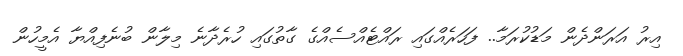
އިރު އަރަންދެން މަޑުކުރަމާ.. ފަހަރެއްގައި ރައްޓެއްސެއްގެ ގާތުގައި ހުރެދާނެ މިލާން ބުނެފިއްޔާ އެމީހުން